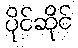
ပိုင်ဆိုင်